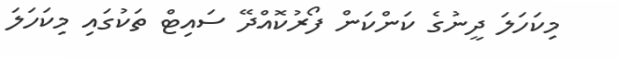
މިކަހަލަ ދީނުގެ ކަންކަން ފޯރުކޮއްދޭ ސައިޓް ތަކުގައި މިކަހަލަ